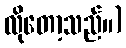
လိုတော့သည်။)